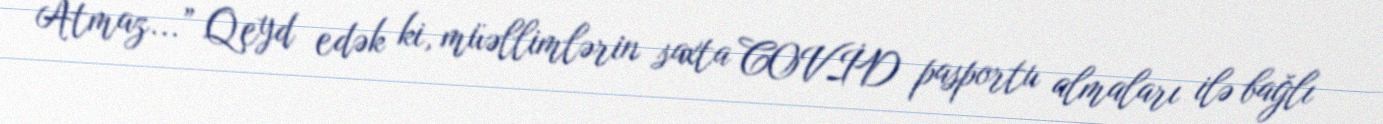
Atmaz...” Qeyd edək ki, müəllimlərin saxta COVİD pasportu almaları ilə bağlı